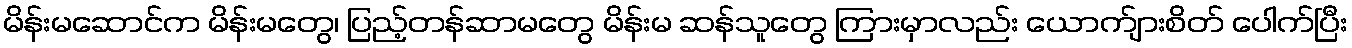
မိန်းမဆောင်က မိန်းမတွေ၊ ပြည့်တန်ဆာမတွေ မိန်းမ ဆန်သူတွေ ကြားမှာလည်း ယောက်ျားစိတ် ပေါက်ပြီး